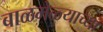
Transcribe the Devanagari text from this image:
बाळमेळ्याच्या